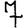
Digit: 7